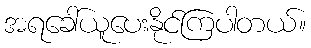
အရခေါ်ယူပေးနိုင်ကြပါတယ်။